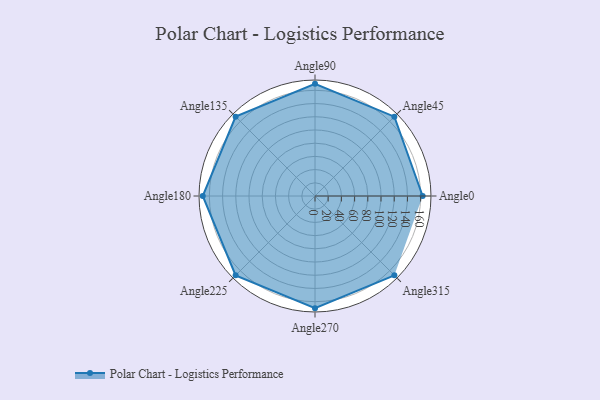
{"axis": {"x": "Angle", "y": "Radius"}, "legend": [""], "data": [{"x": "Angle0", "y": 163.0, "type": ""}, {"x": "Angle45", "y": 170, "type": ""}, {"x": "Angle90", "y": 170, "type": ""}, {"x": "Angle135", "y": 170, "type": ""}, {"x": "Angle180", "y": 170, "type": ""}, {"x": "Angle225", "y": 170, "type": ""}, {"x": "Angle270", "y": 170, "type": ""}, {"x": "Angle315", "y": 170, "type": ""}]}